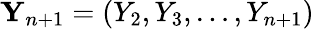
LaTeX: {\mathbf Y}_{n+1}=(Y_{2},Y_{3},\ldots,Y_{n+1})